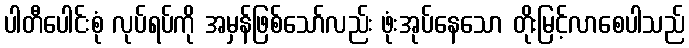
ပါတီပေါင်းစုံ လုပ်ရပ်ကို အမှန်ဖြစ်သော်လည်း ဖုံးအုပ်နေသော တိုးမြင့်လာစေပါသည်